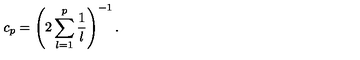
c _ { p } = \left( 2 \sum _ { l = 1 } ^ { p } \frac { 1 } { l } \right) ^ { - 1 } .